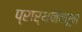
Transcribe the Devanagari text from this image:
प्रार्थनेवरून